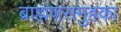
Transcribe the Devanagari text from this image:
ब्राह्मणसमुहका